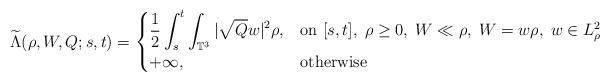
LaTeX: \begin{align*}\widetilde{\Lambda}(\rho,W,Q;s,t)=\begin{cases}\displaystyle{\frac{1}{2}\int_s^t\int_{\mathbb{T}^3}|\sqrt{Q}w|^2\rho}, & {\rm on\ }[s,t],\;\rho\geq 0,\;W\ll\rho,\;W=w\rho,\;w\in L^2_{\rho}\\+\infty, & {\rm otherwise}\end{cases}\end{align*}